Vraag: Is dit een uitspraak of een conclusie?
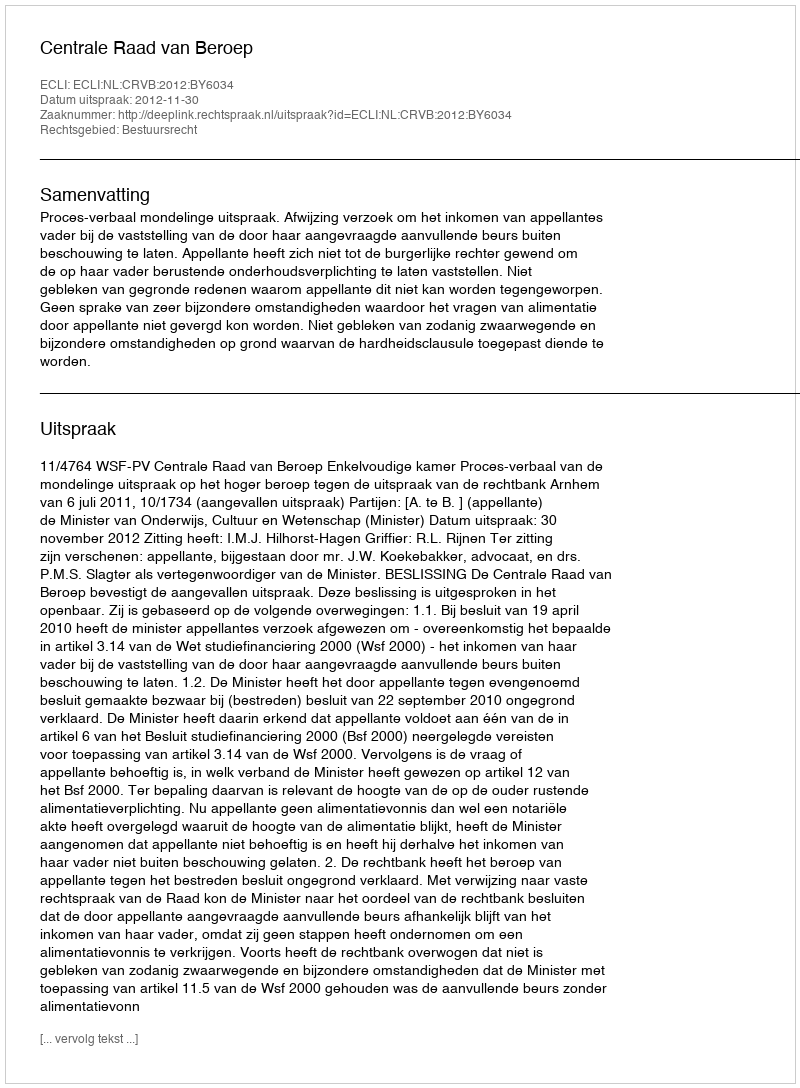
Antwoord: Uitspraak